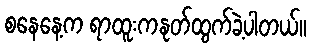
စနေနေ့က ရာထူးကနုတ်ထွက်ခဲ့ပါတယ်။